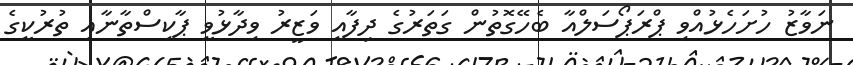
ނަވާޒު ހުށަހެޅުއްވި ޕްރަޕޯސަލްއާ ބެހޭގޮތުން ގަތަރުގެ ދިފާއީ ވަޒީރު ވިދާޅުވީ ޕާކިސްތާނާއި ތުރުކީގެ